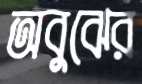
অবুঝের